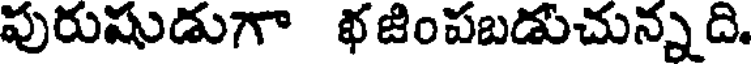
పురుషుడుగా భజింపబడుచున్నది.